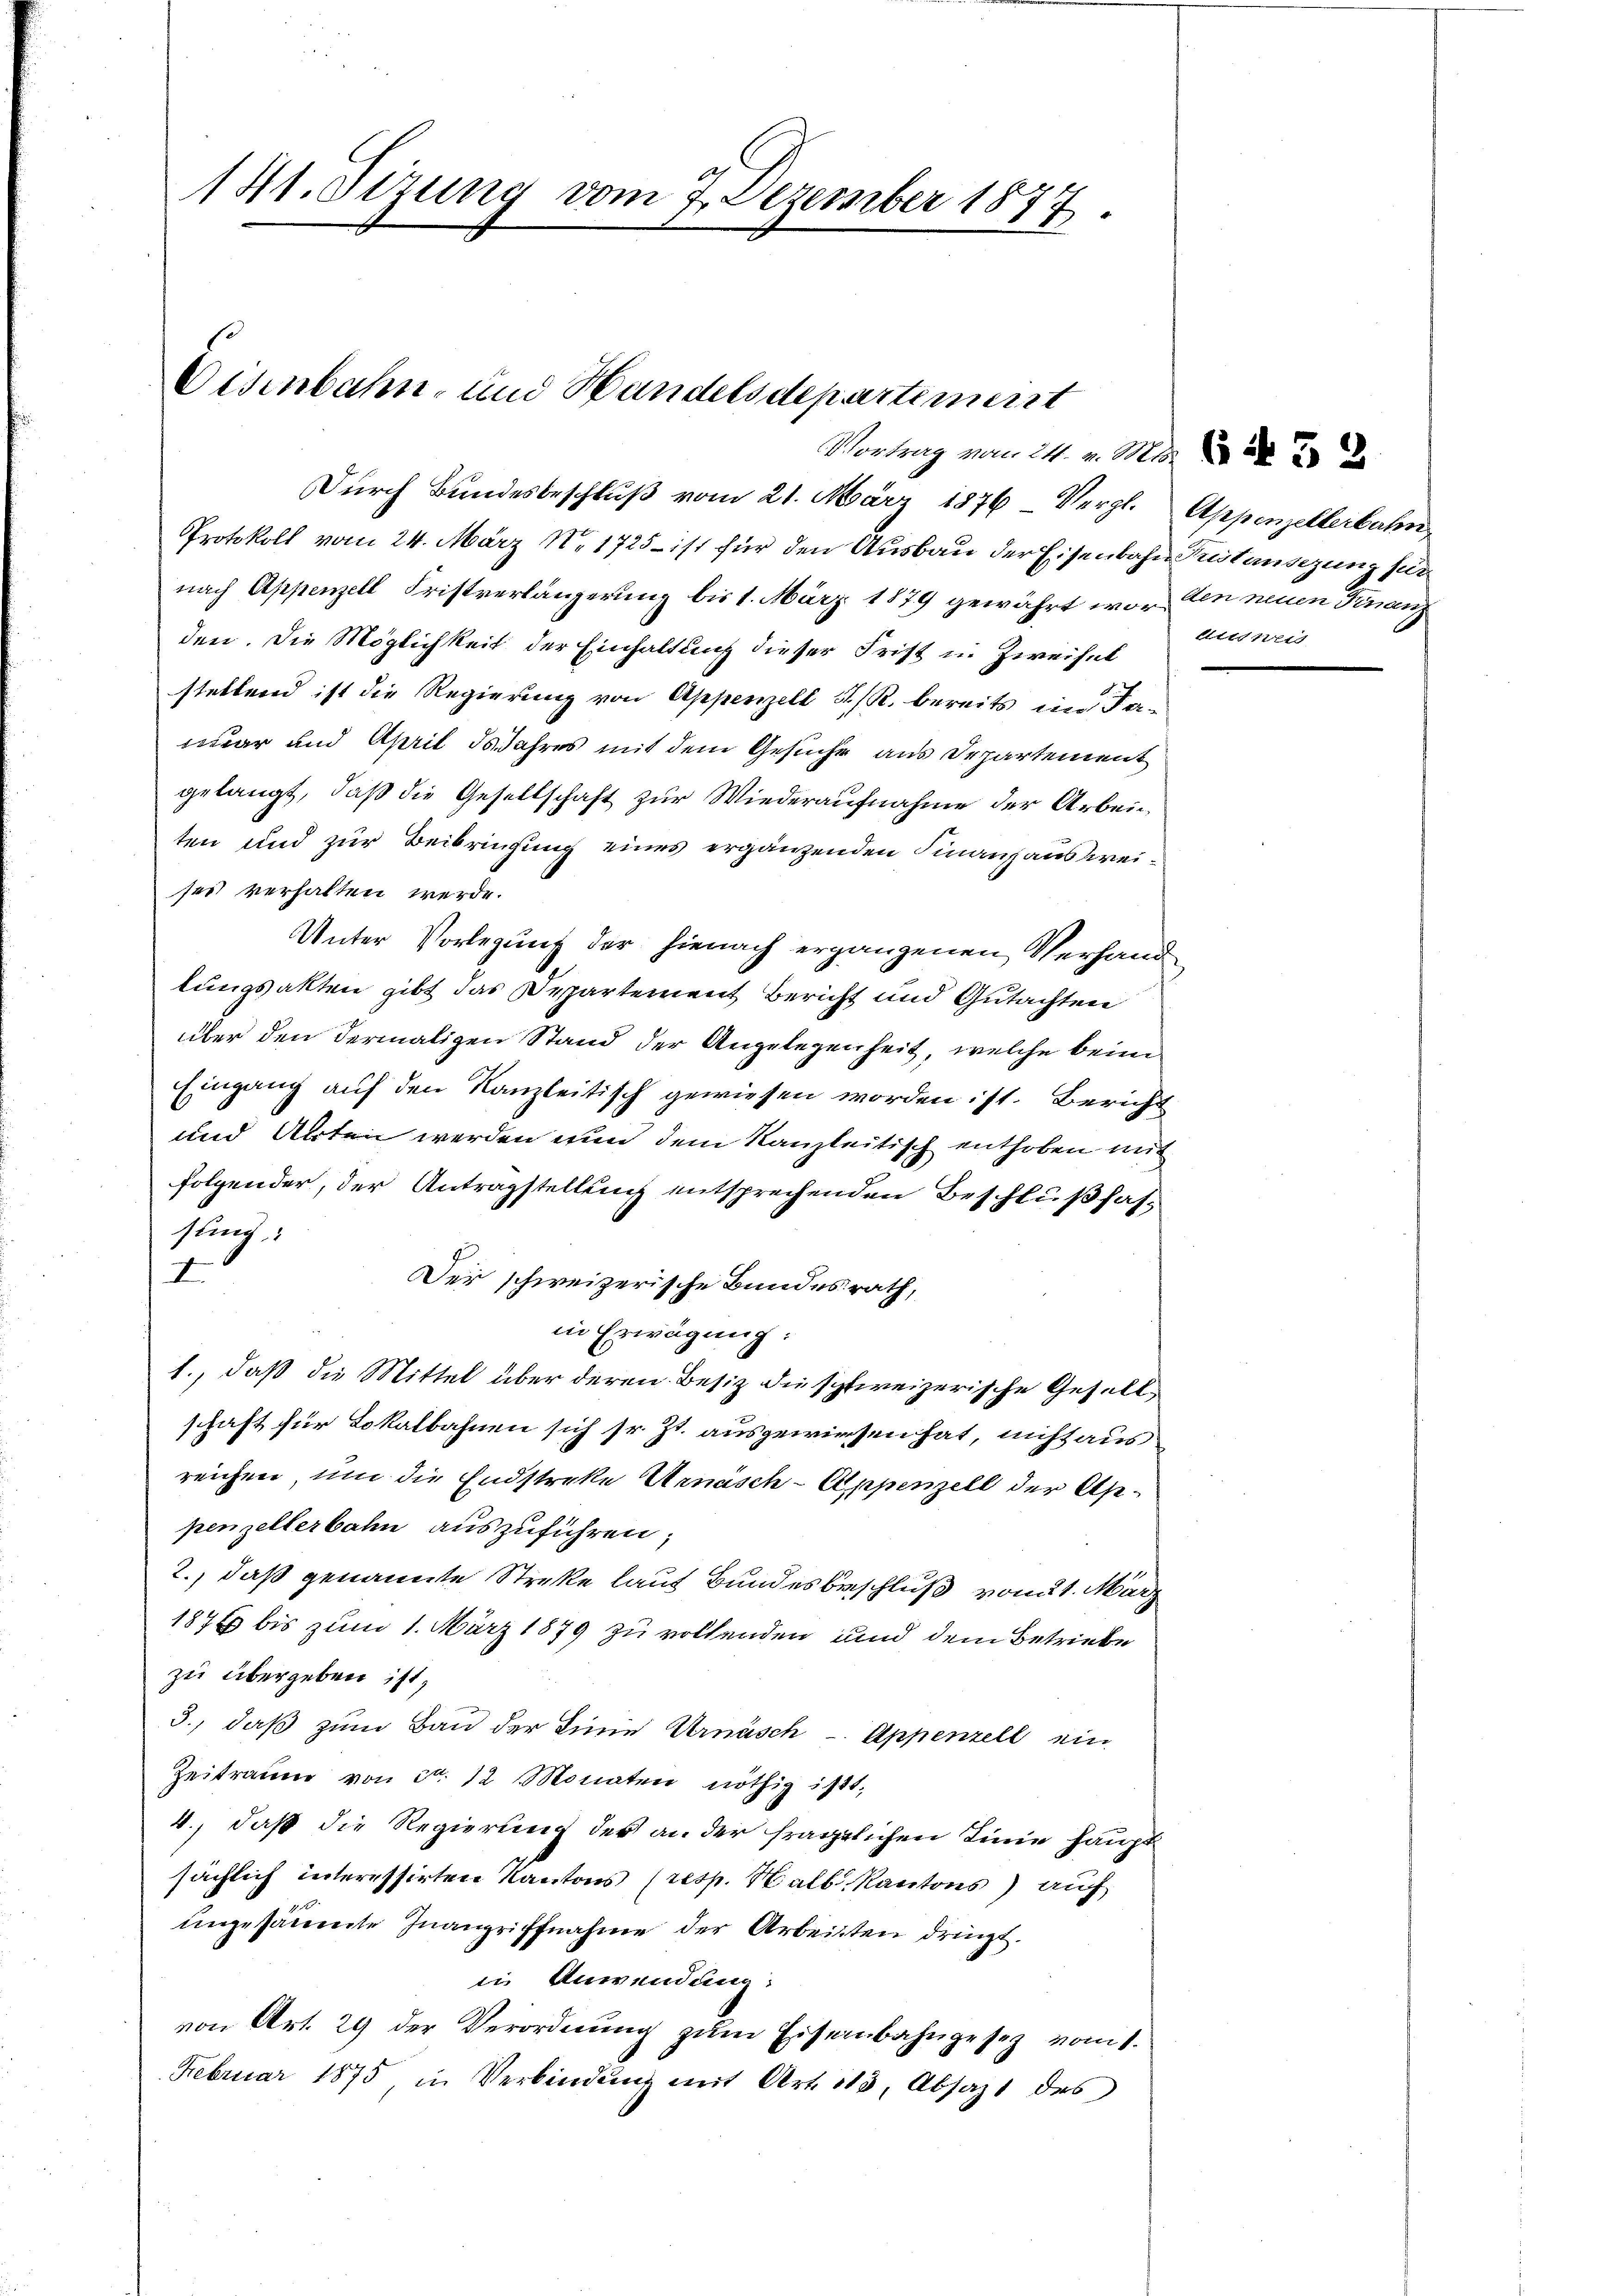
141. Sizung vom 7. Dezember 1877

Eisenbahn- und Handelsdepartement

Durch Bundesbeschlŭβ vom 21. März 1876, Vergl. Appenzellerbahn
Protokoll vom 24. März No. 1725 ist für den Ausbau der Eisenbahn Kristansezung für
nach Appenzell Fristverlängerung bis 1. März 1879 gewährt worden neuen Finanz
den. Die Möglichkeit der Einhaltung dieser Frist in Zweifel
stellend ist die Regierung von Appenzell A/R. bereits im Ja-
war und April ds Jahres mit dem Gesuche aus Departement
gelangt, daß die Gesellschaft zur Wiederaufnahme der Arbei
ten und zur Beibringung eines ergänzenden Finanzausweises verhalten werde.
Unter Vorlegung der hienach ergangenen Verhand
lungsakten gibt das Departement Bericht und Gutachten
über den dermaligen Stand der Angelegenheit, welche beim
Eingang auf den Kanzleitisch gewiesen worden ist. Bericht
und Alten werden nun dem Kanzleitisch enthoben mit
folgender, der Antragstellung entsprechenden Beschlußfas-
sung:
I
Der schweizerische Bundesrath,
in Erwägung:
1., daß die Mittel über deren Besiz die schweizerische Gesellschaft für Lokalbahnen sich sr. Zt. ausgewiesen hat, nicht aus
reichen, um die Endstreke Arnasch-Appenzell der Asepenzellerbahn auszuführen,
2., daß genannte Streke laut Bundesbeschluß vom 21. März
1876 bis zum 1. März 1879 zu vollenden und dem Betriebe
zu übergeben ist,
3., daß zum Bau der Linie Urnasch - Appenzell ein
Zeitraum von ca 12 Monaten nöthig ist,
4., daß die Regierung der an der fraglichen Linie haupt
sächlich interessirten Kantons (resp. Salb. Kantons auf
ungesammte Inangriffnahme der Arbeitten dringt.
in Anwendung:
von Art. 29 der Verordnŭng zŭm Eisenbahngesetz vom 1.
Februar 1875 in Verbindŭng mit Art. 113, Absagt des

Vortrag vom 24. v. Mai 1883

Attes